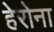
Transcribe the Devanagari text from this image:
हेरोना